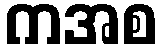
ကအစ